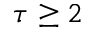
\tau \geq 2